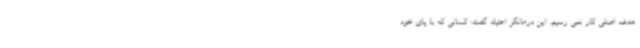
هدف اصلی کار نمی رسیم. این درمانگر اعتیاد گفت: کسانی که با پای خود